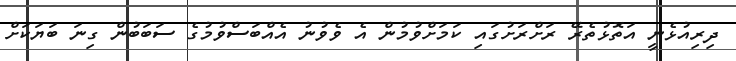
ދިރިއުޅެނީ އަތޮޅުތެރޭ ރަށްރަށުގައި ކަމަށްވުމުން އެ ވެވުނު އެއްބަސްވުމުގެ ސަބަބުން ގިނަ ބަޔަކަށް